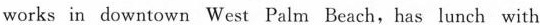
works in downtown West Palm Beach, has lunch with